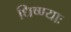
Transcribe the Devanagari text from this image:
धिष्ण्याः